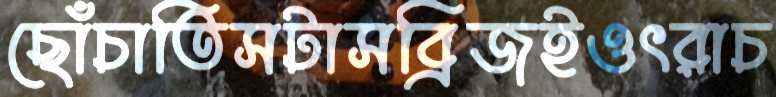
ছোঁচাতিসটাসব্রিজইওৎরাচ